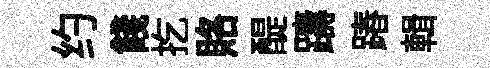
约餞扢賂醍躊蹖輯